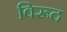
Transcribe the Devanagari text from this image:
विरूद